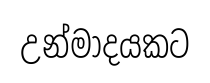
උන්මාදයකට